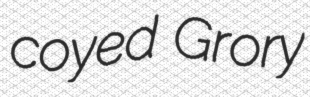
coyed Grory